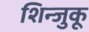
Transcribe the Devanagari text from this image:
शिन्जुकू